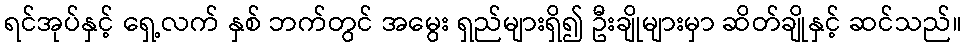
ရင်အုပ်နှင့် ရှေ့လက် နှစ် ဘက်တွင် အမွေး ရှည်များရှိ၍ ဦးချိုများမှာ ဆိတ်ချိုနှင့် ဆင်သည်။